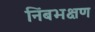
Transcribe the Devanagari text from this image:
निंबभक्षण